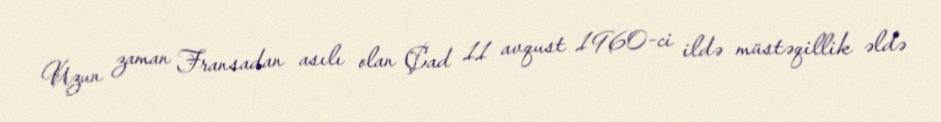
Uzun zaman Fransadan asılı olan Çad 11 avqust 1960-ci ildə müstəqillik əldə